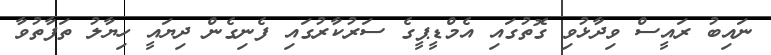
ނައިބު ރައީސް ވިދާޅުވި ގޮތުގައި އެމްޑީޕީގެ ސަރުކާރުގައި ފެނިގެން ދިޔައީ ހިޔާލު ތަފާތުވާ